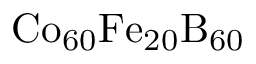
\mathrm { C o _ { 6 0 } F e _ { 2 0 } B _ { 6 0 } }